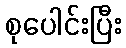
စုပေါင်းပြီး